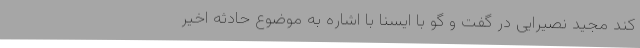
کند مجید نصیرایی در گفت و گو با ایسنا با اشاره به موضوع حادثه اخیر